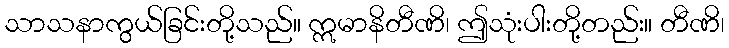
သာသနာကွယ်ခြင်းတို့သည်။ ဣမာနိတီဏိ၊ ဤသုံးပါးတို့တည်း။ တီဏိ၊